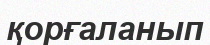
қорғаланып